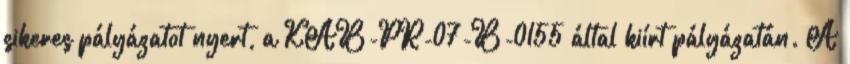
sikeres pályázatot nyert, a KAB-PR-07-B-0155 által kiírt pályázatán. A